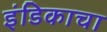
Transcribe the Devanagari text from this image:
इंडिकाचा